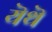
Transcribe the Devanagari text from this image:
यॆथॆ